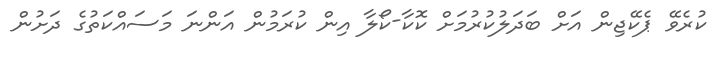
ކުރެވޭ ޕެކޭޖިން އަށް ބަދަލުކުރުމަށް ކޮކާ-ކޯލާ އިން ކުރަމުން އަންނަ މަސައްކަތުގެ ދަށުން